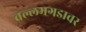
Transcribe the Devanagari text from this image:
वल्लभगडावर